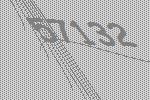
57132